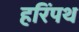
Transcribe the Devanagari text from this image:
हरिंपथ